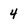
Character: 4